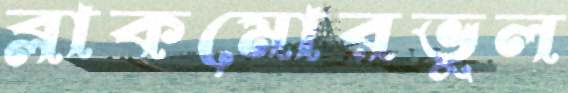
ব্লাকমোরভুল